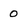
Character: 0